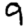
Digit: 9